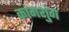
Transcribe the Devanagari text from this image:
कांगशुंग